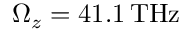
\Omega _ { z } = 4 1 . 1 \, \mathrm { T H z }